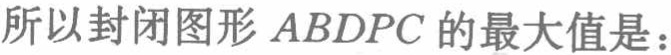
所以封闭图形 \(AB DPC\) 的最大值是：